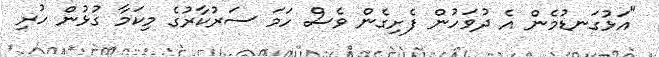
"އަޅުގަނޑުމެން އެ ދުވަހުން ފެށިގެން ވެސް ހަމަ ސަރުކާރުގެ މިކަމާ ގުޅުން ހުރި